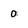
Character: 0